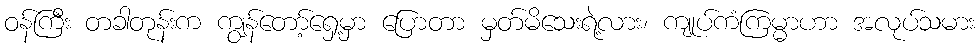
ဝန်ကြီး တခါတုန်းက ကျွန်တော့်ရှေ့မှာ ပြောတာ မှတ်မိသေးရဲ့လား၊ ကျုပ်ကံကြမ္မာဟာ အလုပ်သမား